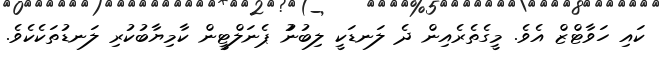
ކައި ހަވާޓްޒް އެވެ. މީގެތެރެއިން ދެ ލަނޑަކީ ލިބުނުު ޕެނަލްޓީން ކާމިޔާބުކުރި ލަނޑުތަކެކެވެ.